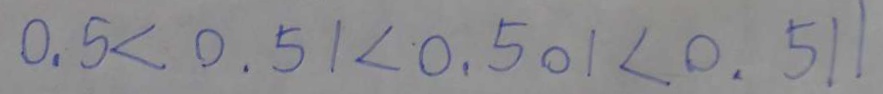
0 . 5 < 0 . 5 1 < 0 . 5 0 1 < 0 . 5 1 1